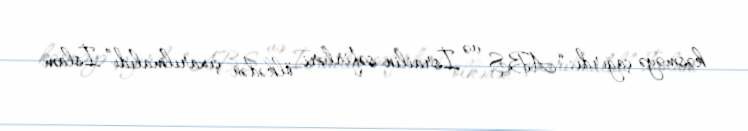
kəsməyə çağırdı: “ABŞ və İsrailin səfirləri ölkədən çıxarılmalıdı”.İslam